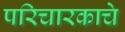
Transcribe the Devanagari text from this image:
परिचारकाचे